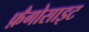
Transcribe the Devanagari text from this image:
फ़ैगोसाइट